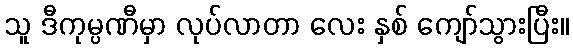
သူ ဒီကုမ္ပဏီမှာ လုပ်လာတာ လေး နှစ် ကျော်သွားပြီး။